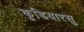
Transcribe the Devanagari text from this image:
कुडियारसु